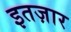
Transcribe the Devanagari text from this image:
इतज़ार